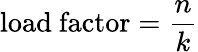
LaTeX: {\mathrm{load~factor}}={\frac{n}{k}}